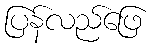
ပြန်လည်ဖြေ